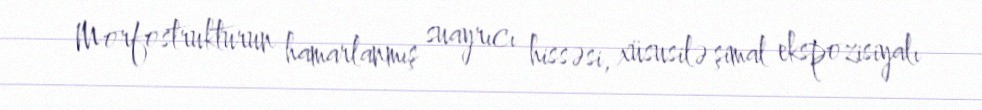
Morfostrukturun hamarlanmış suayrıcı hissəsi, xüsusilə şimal ekspozisiyalı